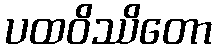
ပထဝိဿိတော